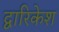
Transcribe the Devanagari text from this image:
द्वारिकेश